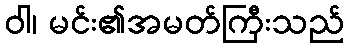
ဝါ၊ မင်း၏အမတ်ကြီးသည်